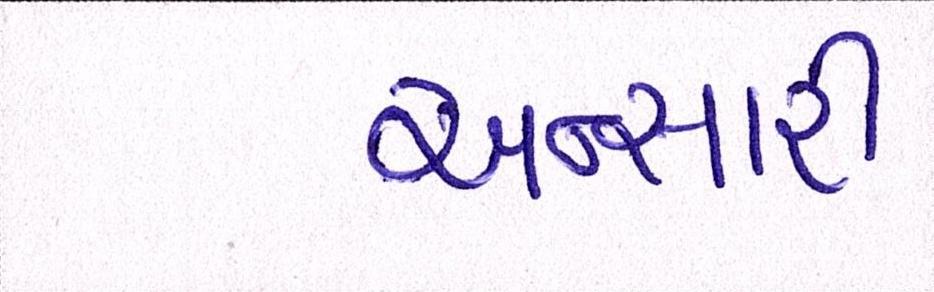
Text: અન્સારી